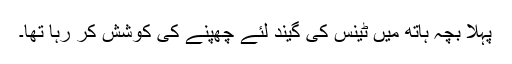
پہلا بچہ ہاتھ میں ٹینس کی گیند لئے چھپنے کی کوشش کر رہا تھا۔